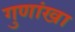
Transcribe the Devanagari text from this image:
गुणांखा